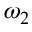
\omega _ { 2 }